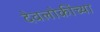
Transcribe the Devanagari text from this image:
देवलोकींच्या